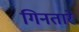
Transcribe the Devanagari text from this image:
गिनतारे